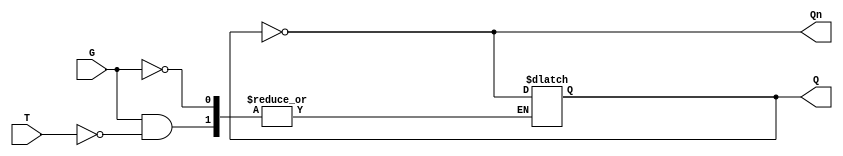
module Gated_T_Latch (
    input wire T,     // Toggle input
    input wire G,     // Gate signal
    output reg Q,     // Output
    output wire Qn    // Complement of Q
);

// Assign the complement of Q
assign Qn = ~Q;

// Always block to implement the latch behavior
always @ (G or T) begin
    if (G) begin
        if (T) begin
            Q <= ~Q; // Toggle Q
        end
        // If T is low, Q remains unchanged
    end
    // If G is low, Q remains unchanged
end

// Initial state (can be set to 0 or 1 as per design requirements)
initial begin
    Q = 0; // Initialize Q to 0
end

endmodule